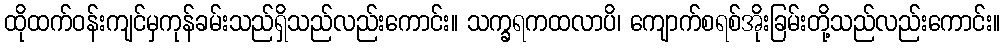
ထိုထက်ဝန်းကျင်မှကုန်ခမ်းသည်ရှိသည်လည်းကောင်း။ သက္ခရကထလာပိ၊ ကျောက်စရစ်အိုးခြမ်းတို့သည်လည်းကောင်း။